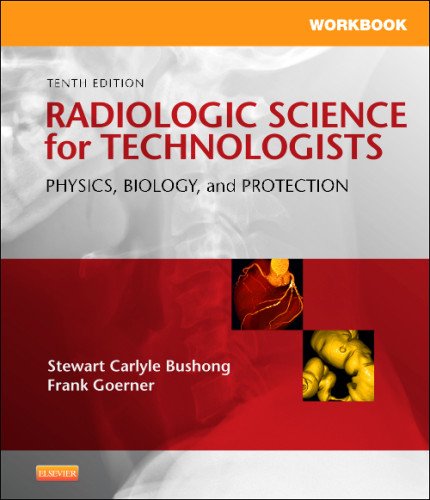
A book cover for Workbook for Radiologic Science for Technologists: Physics, Biology, and Protection, 10e; Stewart C. Bushong; Medical Books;